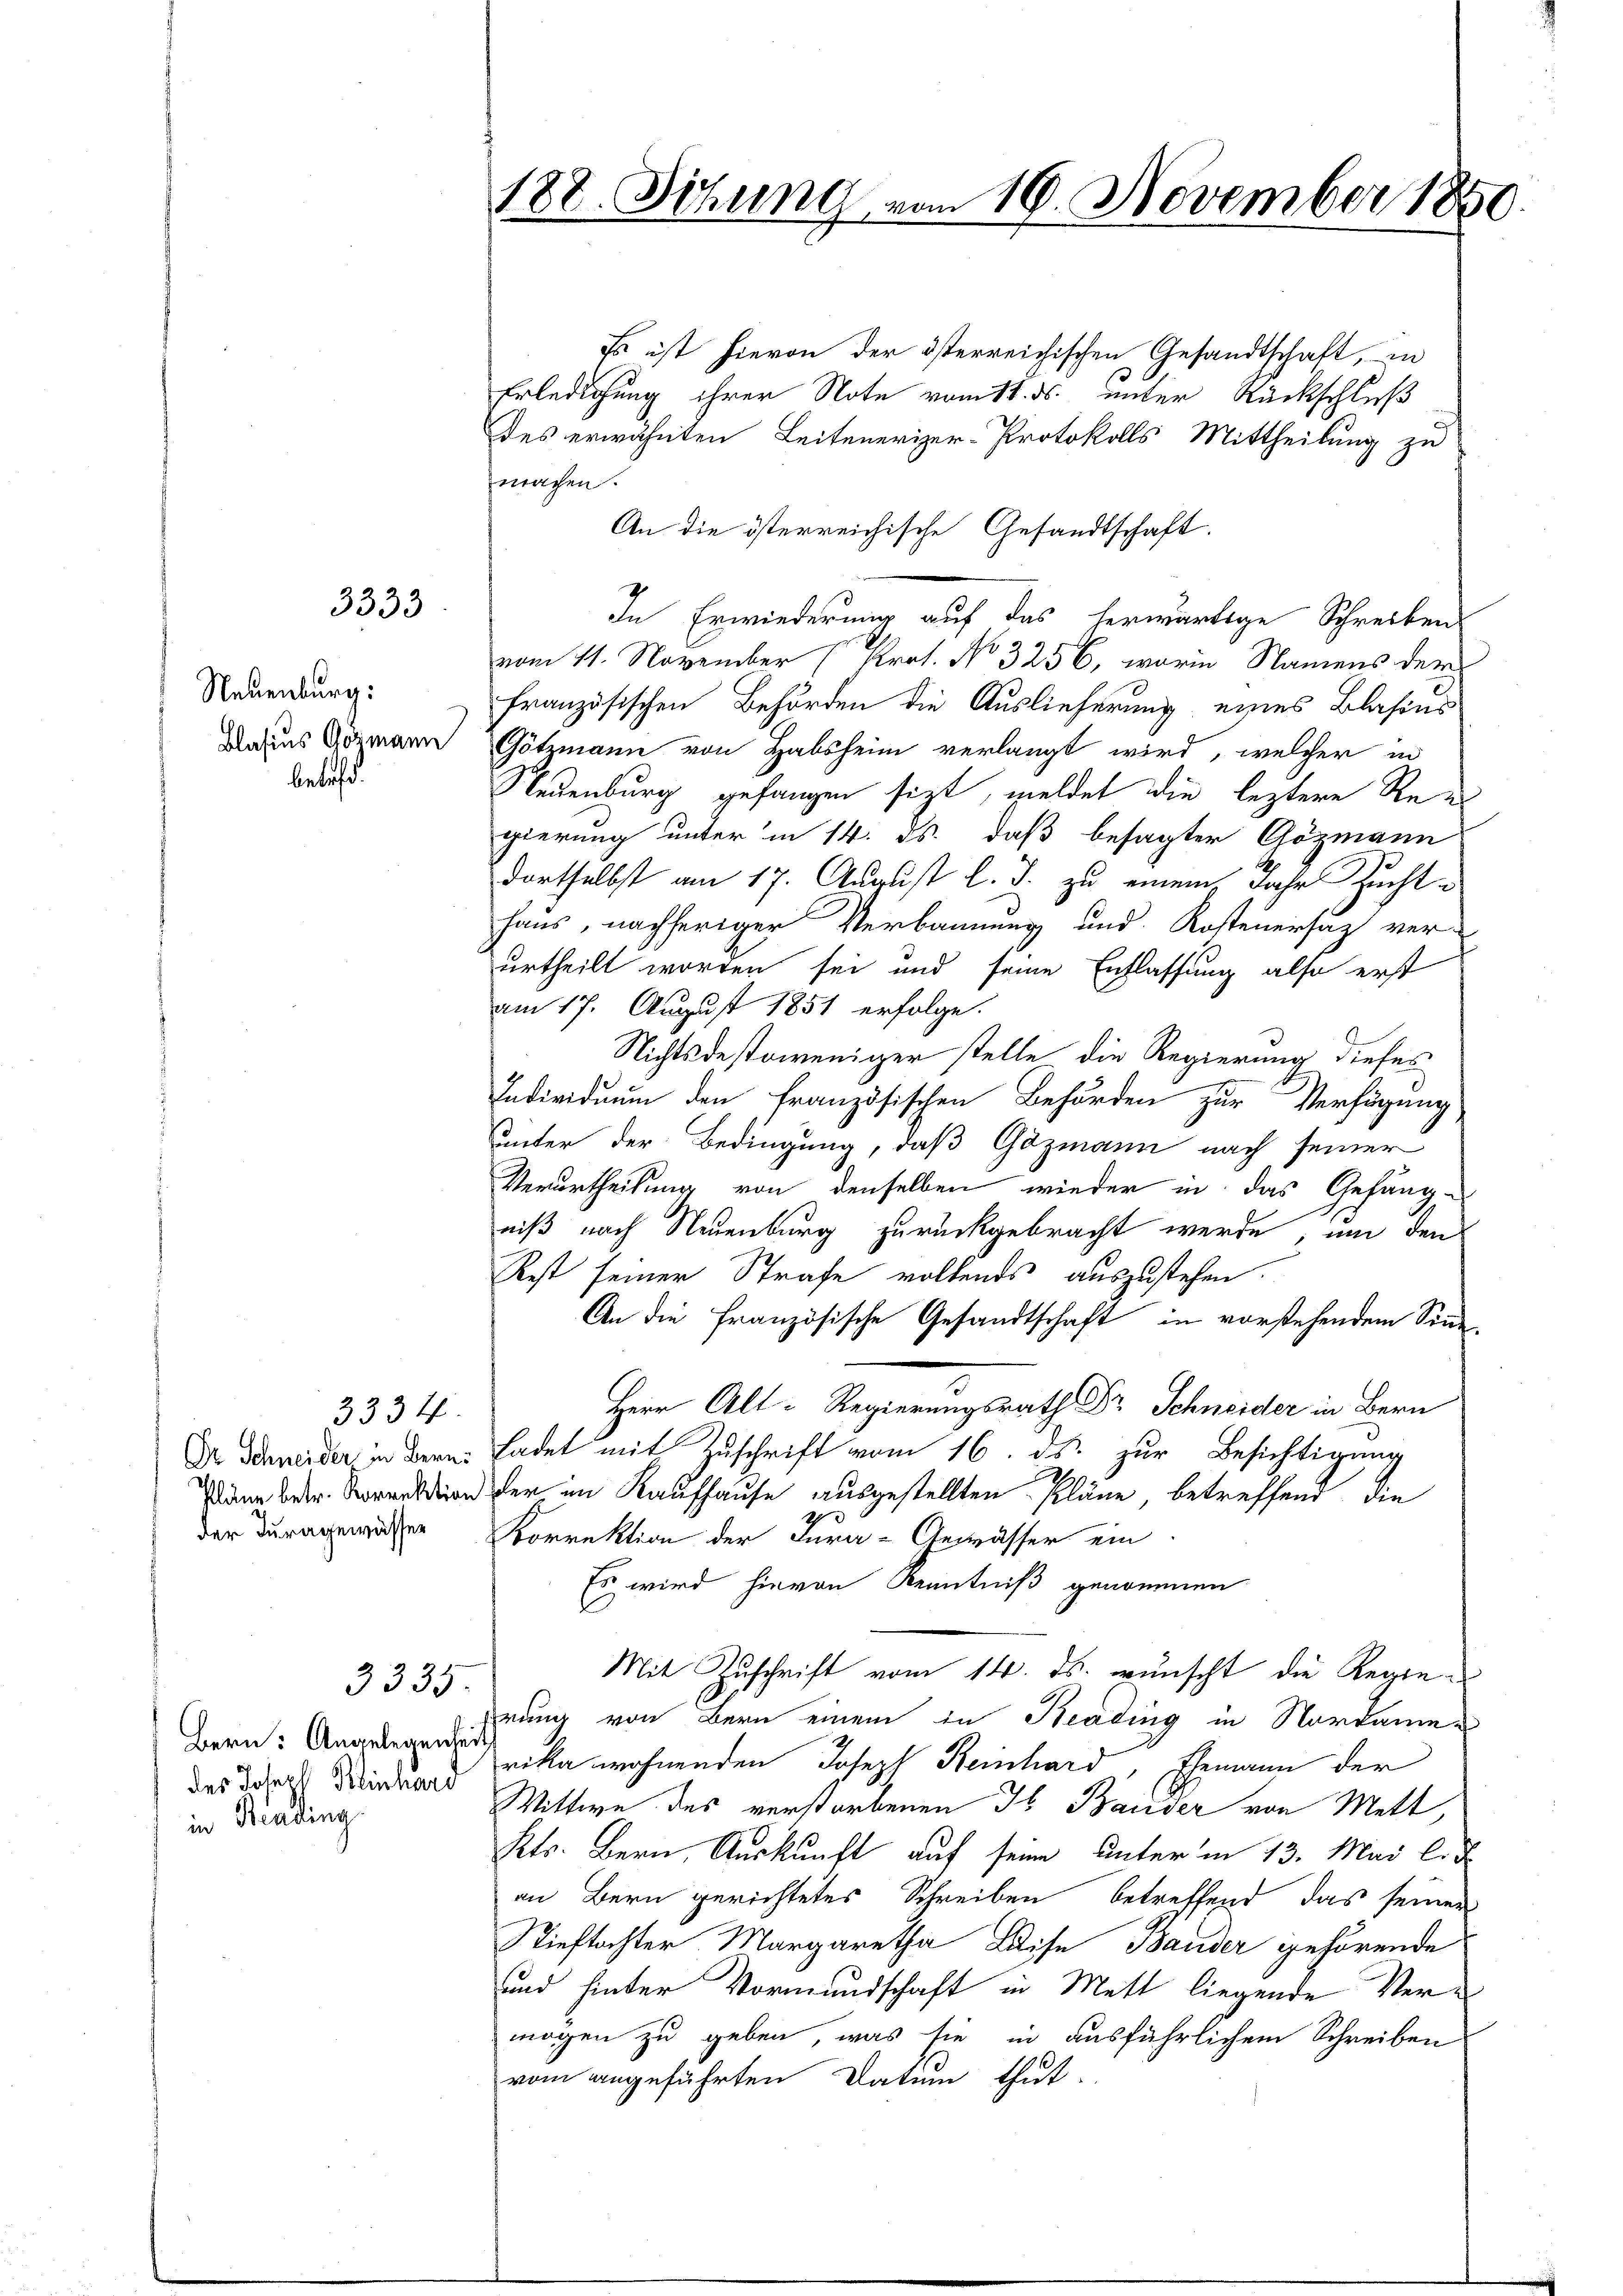
3333

Neuenburg:
Blasius Gözmann
betr.

3334.
der Juragewässer

3335.

Bern: Angelegenheit
des Joher Weinhard
in Beading

188. Sitzung vom 10. November 1850

Es ist hievon der österreichischen Gesandtschaft, in
Erledigung ihrer Note vom 11. ds. unter Rückschluß
des erwähnten Leitenerizer-Protokolls Mittheilung zu
machen.
An die österreichische Gesandtschaft.
In Erwiederung auf das herwärtige Schreiben
vom 11. November (Prot. No 3256, worin Namens der
französischen Behörden die Auslieferung eines Blasius
Götzmann von Habsheim verlangt wird, welcher in
Neuenburg gefangen sitzt, meldet die leztere Reu
gierung unter in 14. ds., daß besagter Gözmann
dortselbst am 17. August l. J. zu einem Jahr Zuchthaus, nachheriger Verbannung und Kosteuersatz ver-
urtheilt worden sei und seine Entlassung also erst
am 17. August 1851 erfolge.
Nichtsdestoweniger stelle die Regierung dieses
Individuum den französischen Behörden zur Verfügung
unter der Bedingung, daß Gazmann nach seiner
Verurtheilung von denselben wieder in das Gefäng-
niß nach Neuenburg zurückgebracht werde, um den
Rest seiner Strafe vollends auszustehen.
An die französische Gesandtschaft in vorstehendem Sinne
Herr Alt-Regierungsrath Dr Schneider in Bern
Dr Schneider in dere Ladet mit Zuschrift vom 16. ds. zur Besichtigung
Dann der Sektion der im Kaufhause ausgestellten Pläne, betreffend die
Korrektion der Jura-Gewässer ein
Es wird hievon Kenntniß genommen
Mit Zuschrift vom 14. ds. wünscht die Regierung von Bern einem in Beading in Nordamer
rika wohnenden Joseph Reinhard, Ehemann der
Wittwe des verstorbenen H. Bauder von Mett,
Kts. Bern, Auskunft auf seine unter in 13. Mai l. d
an Bern gerichtetes Schreiben betreffend das seiner
Stieftochter Margaretha Luise Bauder gehörende
und hinter Vormundschaft in Mett liegende Vermögen zu geben, was sie in ausführlichem Schreiben
vom angeführten Datum thut,